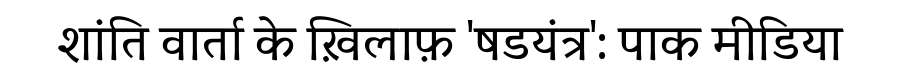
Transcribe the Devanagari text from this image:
शांति वार्ता के ख़िलाफ़ 'षडयंत्र': पाक मीडिया